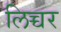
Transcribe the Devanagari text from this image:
लिच्चर